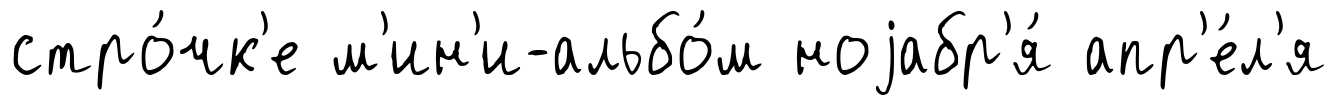
стро́чк'е м'ин'и-альбо́м ноjабр'я́ апр'е́л'я